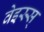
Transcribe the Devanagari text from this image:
वेइस्स्